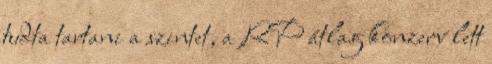
tudta tartani a szintet, a RP átlag konzerv lett